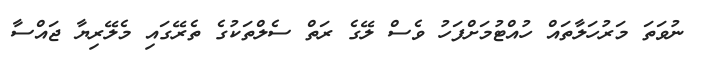
ނުވަތަ މަރުހަލާތައް ހުއްޓުމަށްފަހު ވެސް ލޭގެ ރަތް ސެލްތަކުގެ ތެރޭގައި މެލޭރިޔާ ޖައްސާ